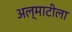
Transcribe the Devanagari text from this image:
अल्माटीला